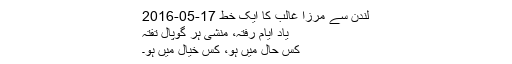
لندن سے مرزا غالب کا ایک خط 17-05-2016
یادِ ایامِ رفتہ، مُنشی ہر گوپال تفتہ
کس حال میں ہو، کِس خیال میں ہو۔